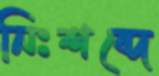
নিঃশব্দে